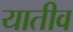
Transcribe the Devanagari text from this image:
यातीव